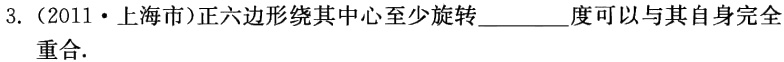
3.（2011·上海市）正六边形绕其中心至少旋转________度可以与其自身完全重合.